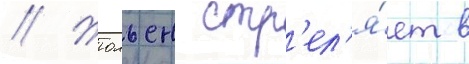
// Жюльен стр'ел'я́ет в